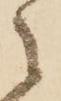
之